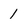
Character: 1